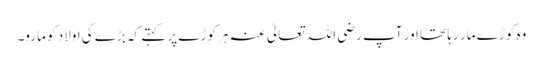
وہ کوڑے مار رہا تھا اور آپ رضی اللہ تعالیٰ عنہ ہر کوڑے پر کہتے کہ بڑے کی اولاد کو مارو۔